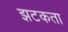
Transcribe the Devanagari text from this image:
झटकता